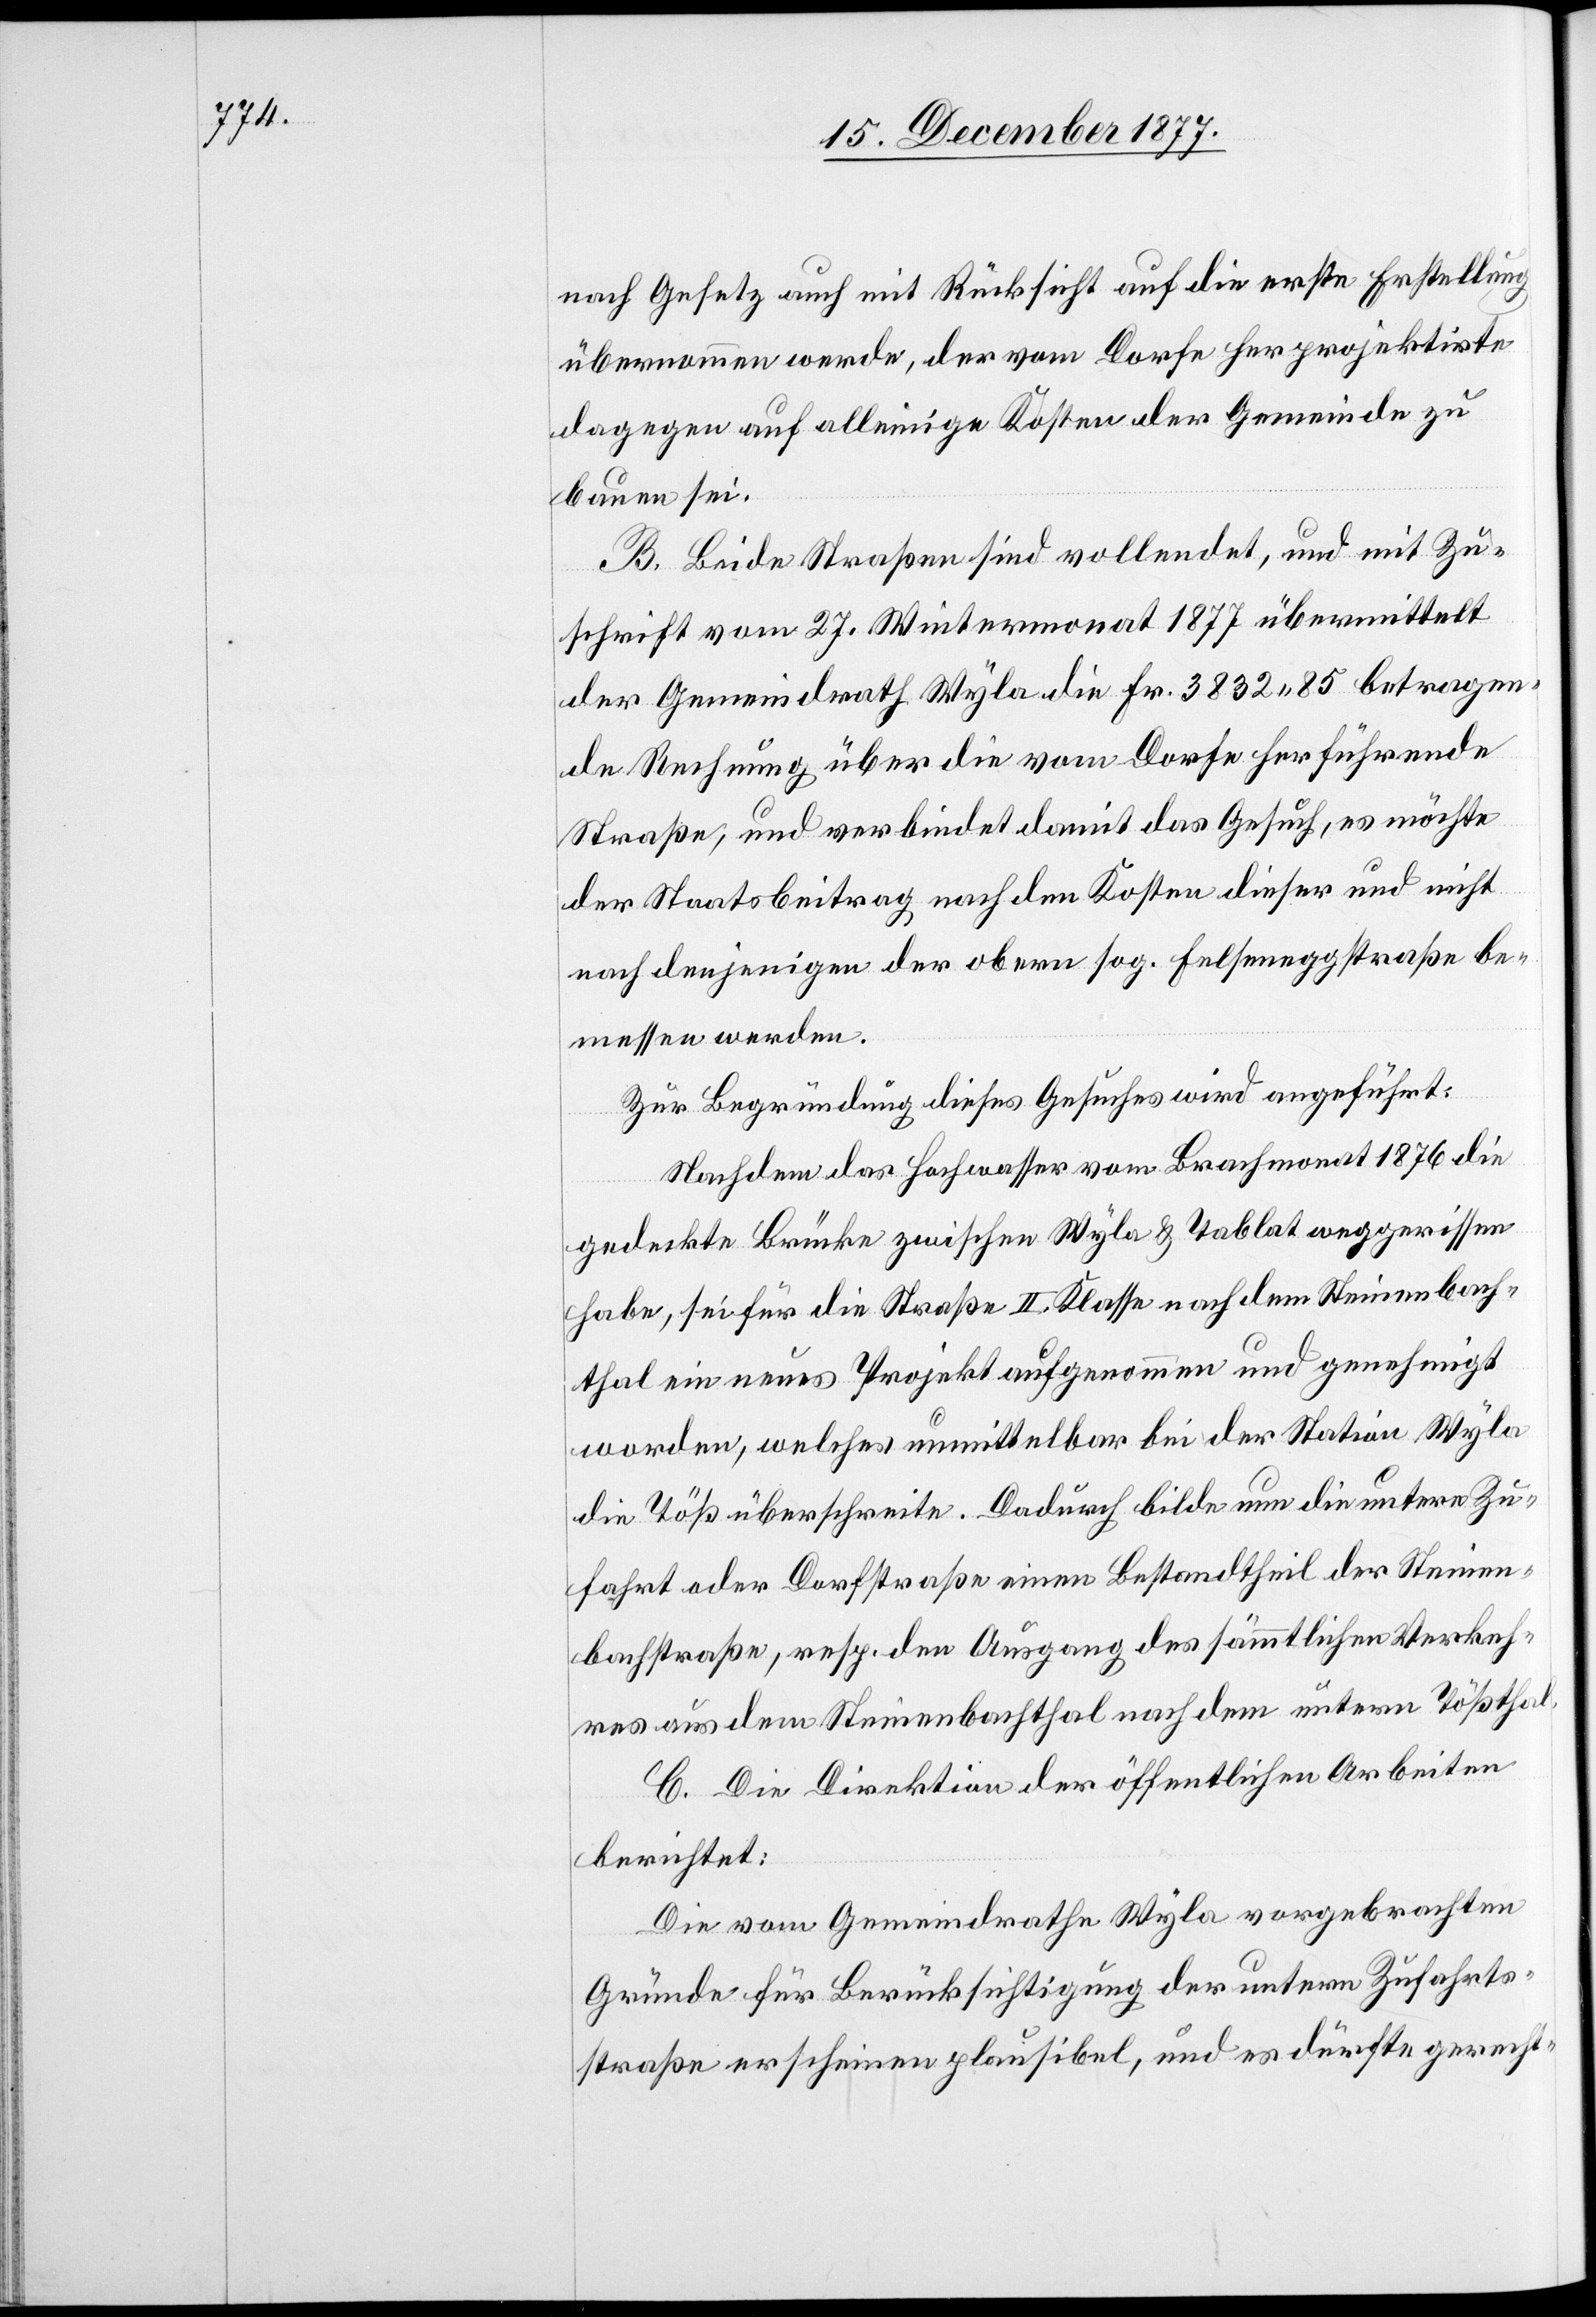
nach Gesetz auch mit Rücksicht auf die erste Erstellung
übernommen werde, der vom Dorfe her projektirte
dagegen auf alleinige Kosten der Gemeinde zu
bauen sei.
B. Beide Straßen sind vollendet, und mit Zu¬
schrift vom 27. Wintermonat 1877 übermittelt
der Gemeindrath Wyla die Fr. 3832 85 betragen¬
de Rechnung über die vom Dorfe her führende
Straße, und verbindet damit das Gesuch, es möchte
der Staatsbeitrag nach den Kosten dieser und nicht
nach denjenigen der obern sog. Felseneggstraße be¬
messen werden.
Zur Begründung dieses Gesuches wird angeführt:
Nachdem das Hochwasser vom Brachmonat 1876 die
gedeckte Brücke zwischen Wyla & Tablat weggerissen
habe, sei für die Straße II. Klasse nach dem Steinenbach¬
thal ein neues Projekt aufgenommen und genehmigt
worden, welches unmittelbar bei der Station Wyla
die Töß überschreite. Dadurch bilde nun die untere Zu¬
fahrt oder Dorfstraße einen Bestandtheil der Steinen¬
bachstraße, resp. den Ausgang des sämmtlichen Verkeh¬
res aus dem Steinenbachthal nach dem untern Tößthal.
C. Die Direktion der öffentlichen Arbeiten
berichtet:
Die vom Gemeindrathe Wyla vorgebrachten
Gründe für Berücksichtigung der untern Zufahrts¬
straße erscheinen plausibel, und es dürfte gerecht-